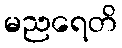
မညရေတိ